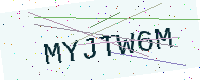
Text: MYJTW6M